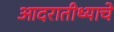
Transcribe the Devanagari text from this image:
आदरातीथ्याचे